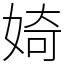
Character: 婍